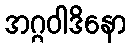
အဂ္ဂဝါဒိနော